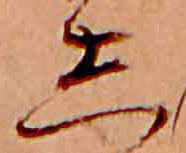
し